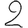
Digit: 2